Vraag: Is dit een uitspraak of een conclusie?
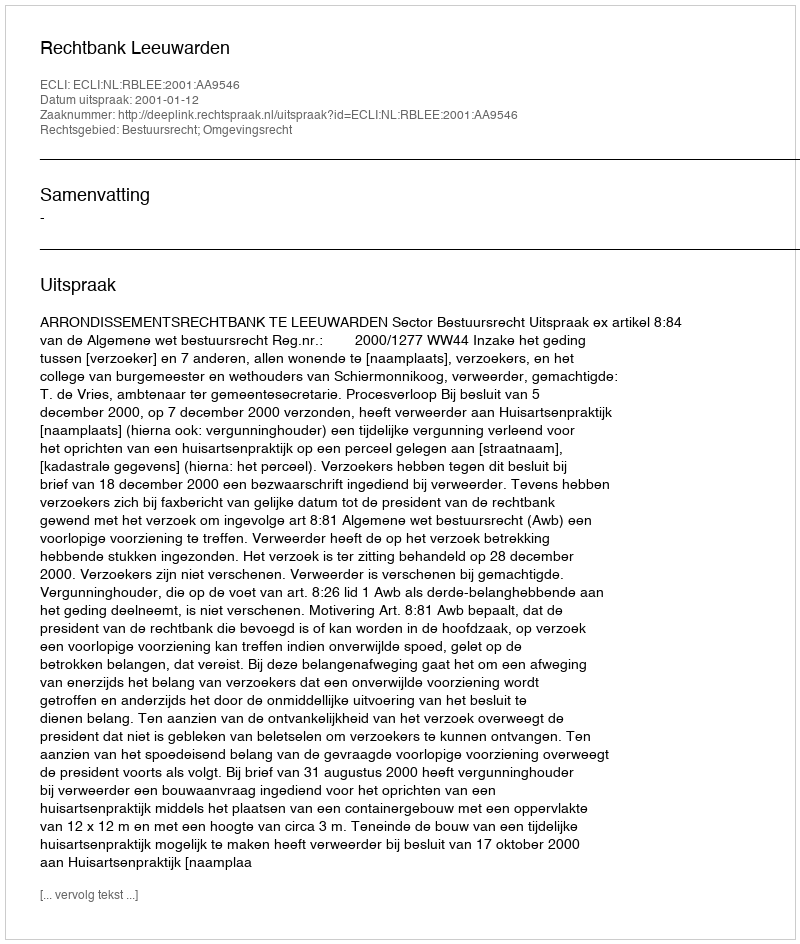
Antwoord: Uitspraak